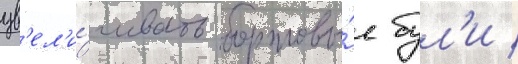
ув'ел'и́чивать бортовы́е бул'и /